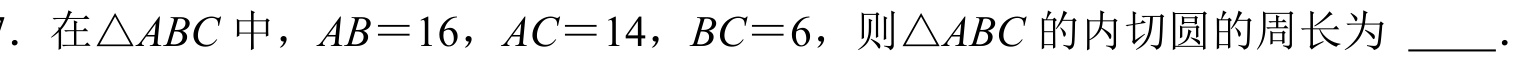
7. 在$\triangle ABC$中，$AB = 16$，$AC = 14$，$BC = 6$，则$\triangle ABC$的内切圆的周长为  ．